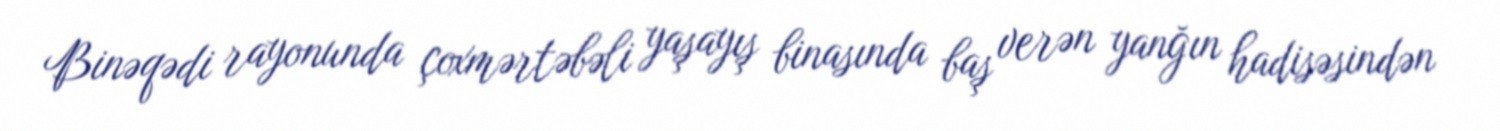
Binəqədi rayonunda çoxmərtəbəli yaşayış binasında baş verən yanğın hadisəsindən